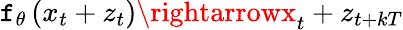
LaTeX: \mathtt{f}_{\theta}\left(x_{t}+z_{t}\right)\rightarrowx_{t}+z_{t+kT}